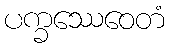
ပက္ခဿေဝေတံ